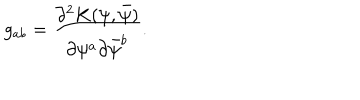
LaTeX: g _ { a b } = { \frac { \partial ^ { 2 } K ( \psi , \bar { \psi } ) } { \partial \psi ^ { a } \partial \bar { \psi } ^ { b } } } .